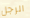
الرجل